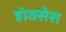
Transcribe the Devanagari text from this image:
होक्सेस